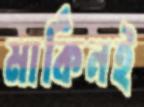
মার্কিনই